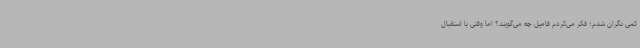
کمی نگران شدم؛ فکر می‌کردم فامیل چه می‌گویند؟ اما وقتی با استقبال